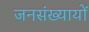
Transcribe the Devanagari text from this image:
जनसंख्यायों